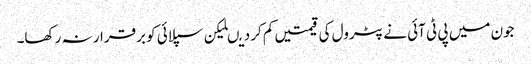
جون میں پی ٹی آئی نے پٹرول کی قیمتیں کم کردیںلیکن سپلائی کو برقرار نہ رکھا۔